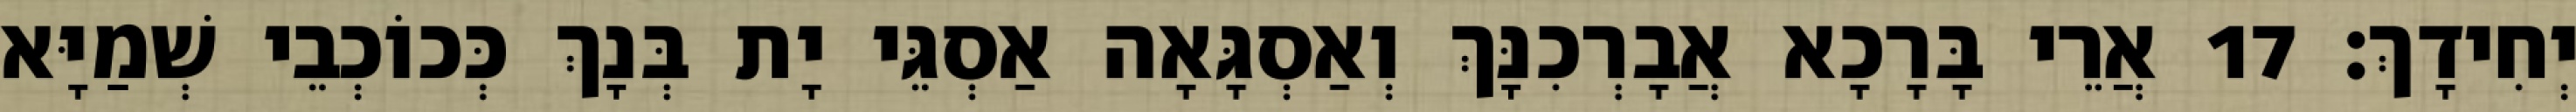
יְחִידָךְ׃ 17 אֲרֵי בָּרָכָא אֲבָרְכִנָּךְ וְאַסְגָּאָה אַסְגֵּי יָת בְּנָךְ כְּכוֹכְבֵי שְׁמַיָּא